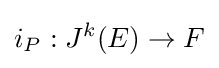
i_{P}:J^{k}(E)\to F